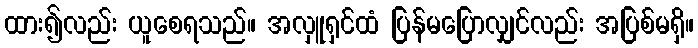
ထား၍လည်း ယူစေရသည်။ အလှူရှင်ထံ ပြန်မပြောလျှင်လည်း အပြစ်မရှိ။